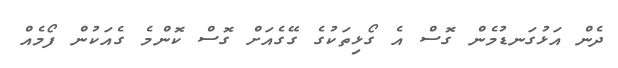
ދެން އަޅުގަނޑުމެން ގޮސް އެ ގޯޅިތަކުގެ ގޭގެއަށް ގޮސް ކޮންމެ ގެއަކުން ފޯމެއް